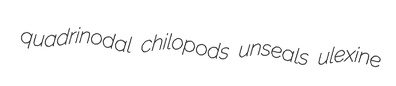
quadrinodal chilopods unseals ulexine